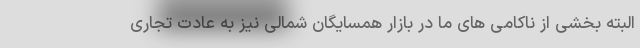
البته بخشی از ناکامی های ما در بازار همسایگان شمالی نیز به عادت تجاری